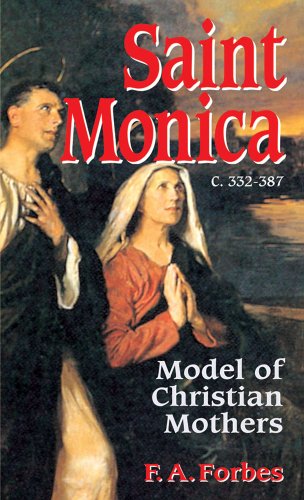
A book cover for Saint Monica: Model of Christian Mothers; Forbes; Christian Books & Bibles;